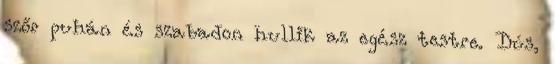
szőr puhán és szabadon hullik az egész testre. Dús,